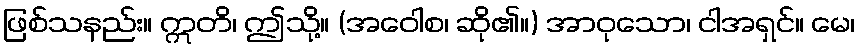
ဖြစ်သနည်း။ ဣတိ၊ ဤသို့။ (အဝေါစ၊ ဆို၏။) အာဝုသော၊ ငါအရှင်။ မေ၊